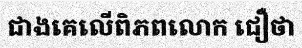
ជាងគេលើពិភពលោក ជឿថា